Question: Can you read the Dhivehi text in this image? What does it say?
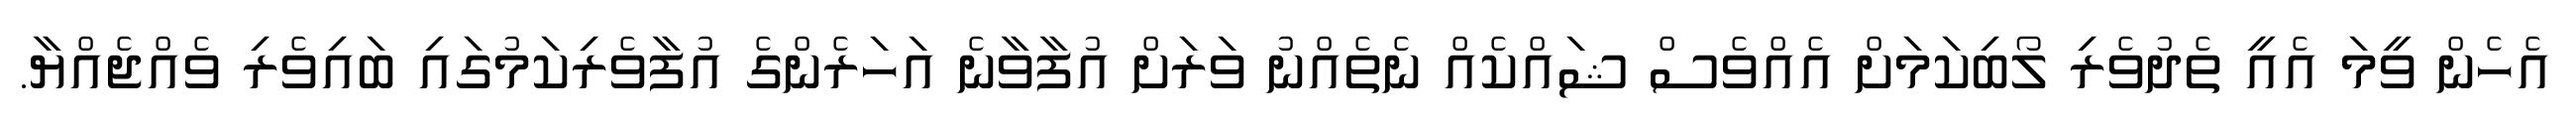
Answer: އެހެން ވީމަ އެއީ ތެދުވެރި ލޯބިކަމަށް އެއްވެސް ޝައްކެއް ނެތެއްނު ވަރަށް އުފާވާނެ އަހަރެންގެ އުފާވެރިކަމުގައި ބައިވެރި ވެއްޖެއްޔާ.